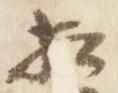
相